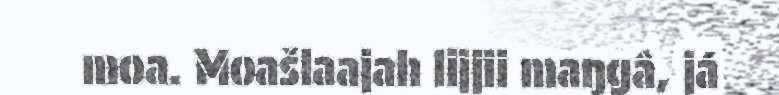
moa. Moašlaajah lijjii maŋgâ, já